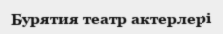
Бурятия театр актерлері